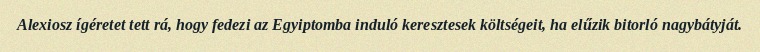
Alexiosz ígéretet tett rá, hogy fedezi az Egyiptomba induló keresztesek költségeit, ha elűzik bitorló nagybátyját.